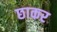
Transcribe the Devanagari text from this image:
छाकर